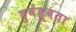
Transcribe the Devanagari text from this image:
हुबेहूबता